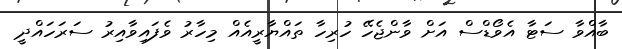
ބާއްވާ ސަޓާ އެވޯޑްސް އަށް ވާންޖެހޭ ހުރިހާ ތައްޔާރީއެއް މިހާރު ވެފައިވާއިރު ސަރަހައްދީ